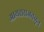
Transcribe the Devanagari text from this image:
आयससजवळून